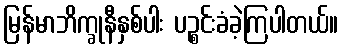
မြန်မာဘိက္ခုနီနှစ်ပါး ပဉ္စင်းခံခဲ့ကြပါတယ်။